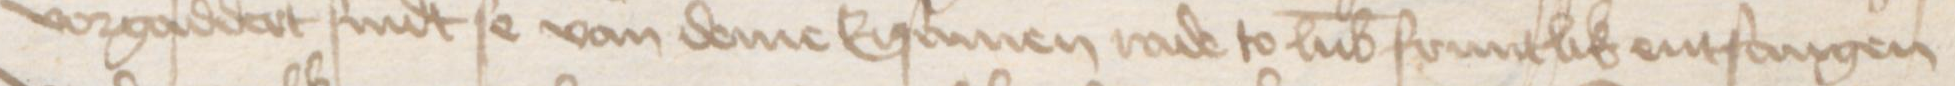
vorgaddert sindt se van deme Ersamen rade to Lubeke fruntlik entfangen